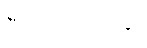
ပီယာမသိချေ။